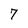
Character: 7